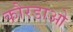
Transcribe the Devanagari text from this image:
कौरडाओ